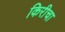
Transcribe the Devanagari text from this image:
किरीचा